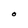
Character: O